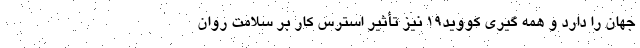
جهان را دارد و همه گیری کووید۱۹ نیز تأثیر استرس کار بر سلامت روان